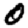
Digit: 0